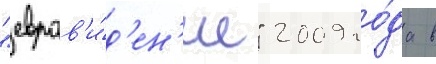
"евров'и́д'ен'ие" 2009 го́да в